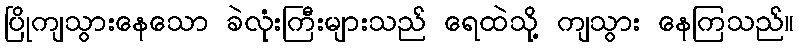
ပြိုကျသွားနေသော ခဲလုံးကြီးများသည် ရေထဲသို့ ကျသွား နေကြသည်။